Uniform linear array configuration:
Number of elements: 64
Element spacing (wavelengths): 0.5
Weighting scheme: uniform
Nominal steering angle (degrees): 30
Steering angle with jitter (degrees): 28.433
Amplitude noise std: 0.05
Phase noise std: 0.05

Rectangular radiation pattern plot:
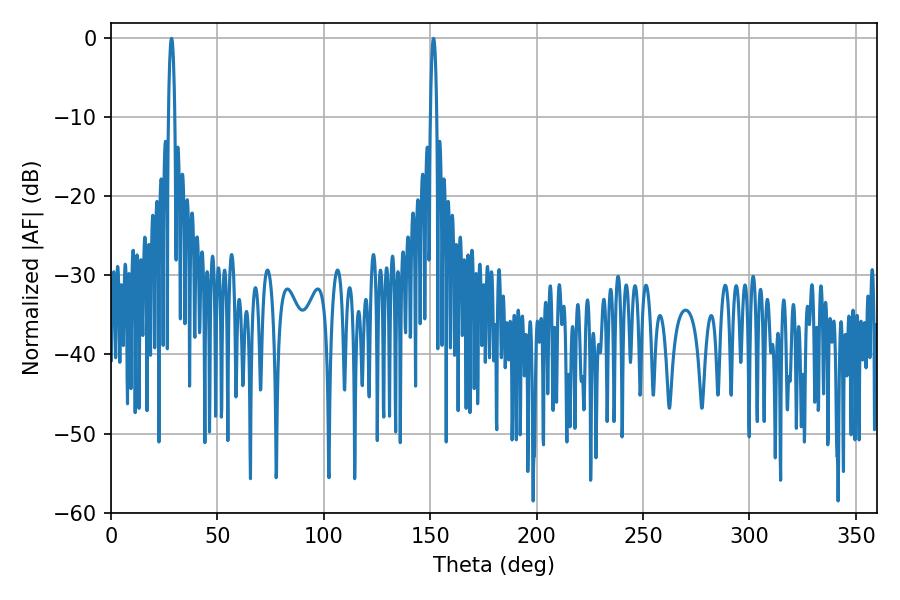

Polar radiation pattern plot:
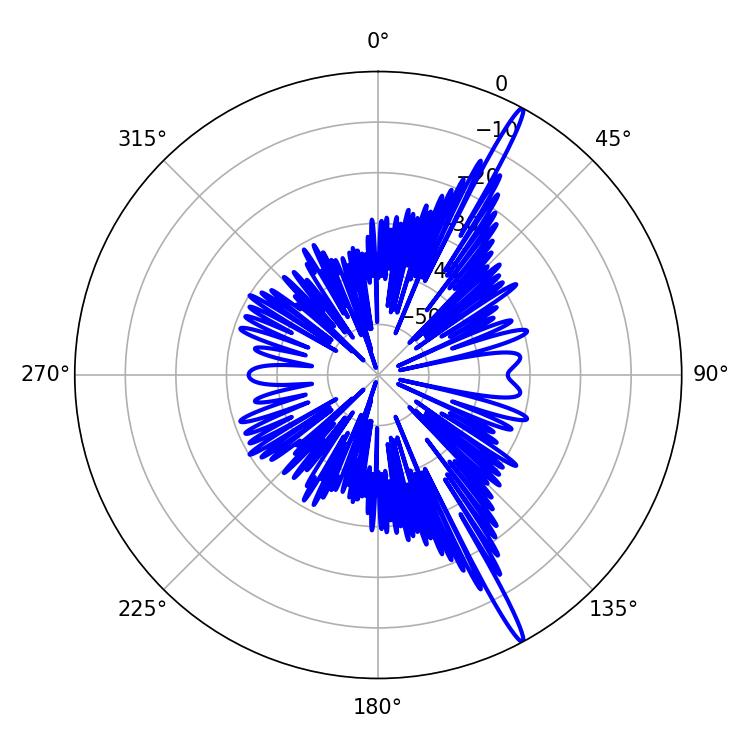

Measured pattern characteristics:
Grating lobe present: FALSE
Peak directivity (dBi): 17.731
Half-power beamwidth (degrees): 1.62
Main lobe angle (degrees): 28.44